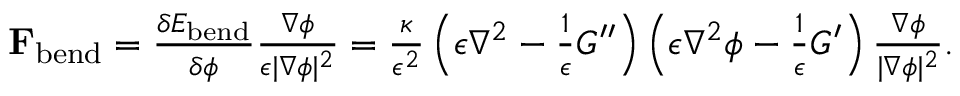
\begin{array} { r } { \mathbf { F } _ { \mathrm { b e n d } } = \frac { \delta E _ { \mathrm { b e n d } } } { \delta \phi } \frac { \nabla \phi } { \epsilon | \nabla \phi | ^ { 2 } } = \frac { \kappa } { \epsilon ^ { 2 } } \left( \epsilon \nabla ^ { 2 } - \frac { 1 } { \epsilon } G ^ { \prime \prime } \right) \left( \epsilon \nabla ^ { 2 } \phi - \frac { 1 } { \epsilon } G ^ { \prime } \right) \frac { \nabla \phi } { | \nabla \phi | ^ { 2 } } . } \end{array}